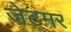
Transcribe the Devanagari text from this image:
जेटमर